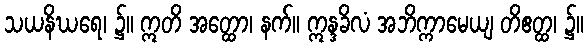
သယနိဃရေ၊ ၌။ ဣတိ အတ္ထော၊ နက်။ ဣန္ဒခိလံ အဘိက္ကာမေယျ တိဧတ္ထ၊ ၌။